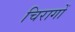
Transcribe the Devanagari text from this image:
चिरागों